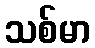
သစ်မာ